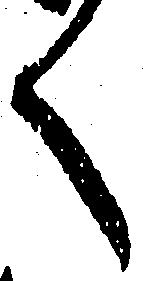
く